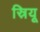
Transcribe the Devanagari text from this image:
स्रियू